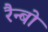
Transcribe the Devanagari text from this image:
रैन्बो